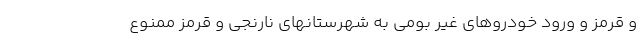
و قرمز و ورود خودروهای غیر بومی به شهرستانهای نارنجی و قرمز ممنوع